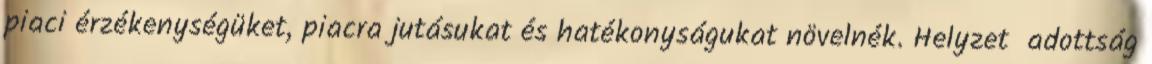
piaci érzékenységüket, piacra jutásukat és hatékonyságukat növelnék. Helyzet adottság